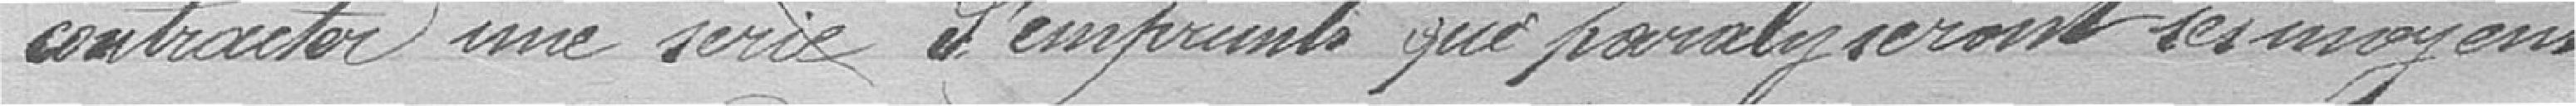
contracter une série d'emprunts qui paralyseront ses moyens